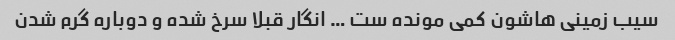
سیب زمینی هاشون کمی مونده ست … انگار قبلا سرخ شده و دوباره گرم شدن